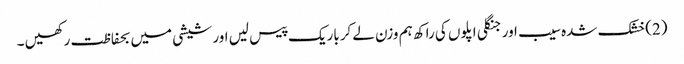
(2)خشک شدہ سیب اور جنگلی اپلوں کی راکھ ہم وزن لے کرباریک پیس لیں اور شیشی میں بحفاظت رکھیں ۔